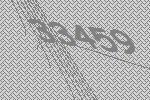
33459